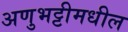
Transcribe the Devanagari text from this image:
अणुभट्टीमधील